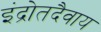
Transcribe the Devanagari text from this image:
इंद्रोतदैवाय